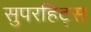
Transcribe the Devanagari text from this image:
सुपरहिट्स